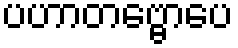
ပဟာတဗ္ဗောပေ